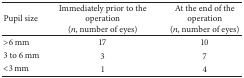
<table><thead><tr><td><b>Pupil size</b></td><td><b>Immediately prior to the operation(<i>n</i>, number of eyes)</b></td><td><b>At the end of the operation(<i>n</i>, number of eyes)</b></td></tr></thead><tbody><tr><td>&gt;6 mm</td><td>17</td><td>10</td></tr><tr><td>3 to 6 mm</td><td>3</td><td>7</td></tr><tr><td>&lt;3 mm</td><td>1</td><td>4</td></tr></tbody></table>